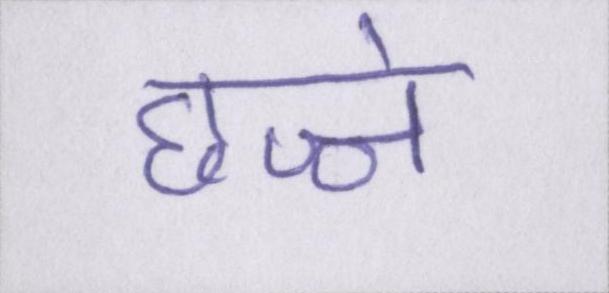
छज्जे